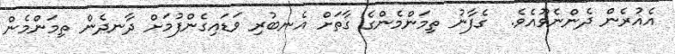
އެއުރެން ދެންނެވޫއެވެ.  ގެފާނު ތިމަންމެންގެ ގާތަށް އެނބުރި ވަޑައިގެންފުމަށް ދާނދެން ތިމަންމެން